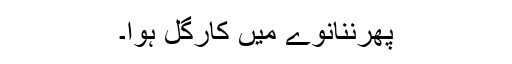
پھرننانوے میں کارگل ہوا۔